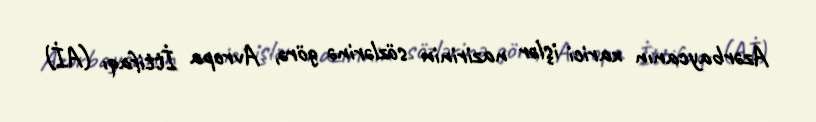
Azərbaycanın xarici işlər nazirinin sözlərinə görə, Avropa İttifaqı (Aİ)